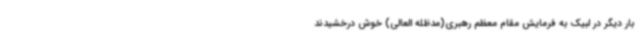
بار دیگر در لبیک به فرمایش مقام معظم رهبری(مدظله العالی) خوش درخشیدند